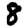
Digit: 8